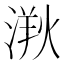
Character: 𣺸